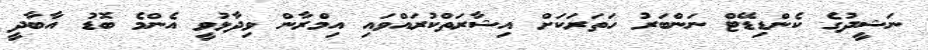
ނަޝީދުގެ ކެންޑިޑޭޓް ނަންބަރު ހަތަރަކަށް އިޝާރަތްކުރައްވައި އިމްރާން ވިދާޅުވީ އެންމެ ބޮޑު އާބާދީ